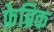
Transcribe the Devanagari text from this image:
फ़ेब्रिक